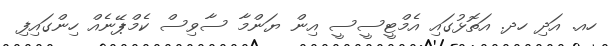
ހއ. އަދި ހދ. އަތޮޅުގައި އެމްޓީސީސީ އިން ޔަންމާ ސާވިސް ކެމްޕޭނެއް ހިންގައިފި